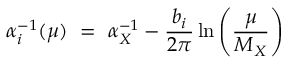
\alpha _ { i } ^ { - 1 } ( \mu ) \ = \ \alpha _ { X } ^ { - 1 } - { \frac { b _ { i } } { 2 \pi } } \ln \left( { \frac { \mu } { M _ { X } } } \right)